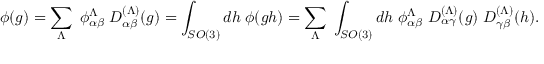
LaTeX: \phi ( g ) = \sum _ { \Lambda } \ \phi _ { \alpha \beta } ^ { \Lambda } \ D _ { \alpha \beta } ^ { ( \Lambda ) } ( g ) = \int _ { S O ( 3 ) } d h \ \phi ( g h ) = \sum _ { \Lambda } \ \int _ { S O ( 3 ) } d h \ \phi _ { \alpha \beta } ^ { \Lambda } \ D _ { \alpha \gamma } ^ { ( \Lambda ) } ( g ) \ D _ { \gamma \beta } ^ { ( \Lambda ) } ( h ) .